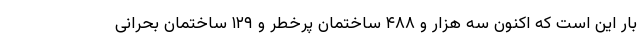
بار این است که اکنون سه هزار و ۴۸۸ ساختمان پرخطر و ۱۲۹ ساختمان بحرانی